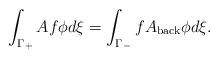
LaTeX: \begin{align*}\int_{\Gamma_+}Af \phi d\xi=\int_{\Gamma_-}fA_{\rm back}\phi d\xi.\end{align*}